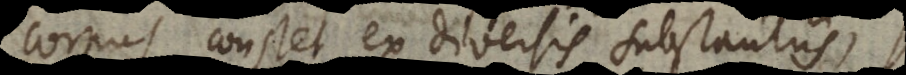
corpus constet ex diversis substantiis,